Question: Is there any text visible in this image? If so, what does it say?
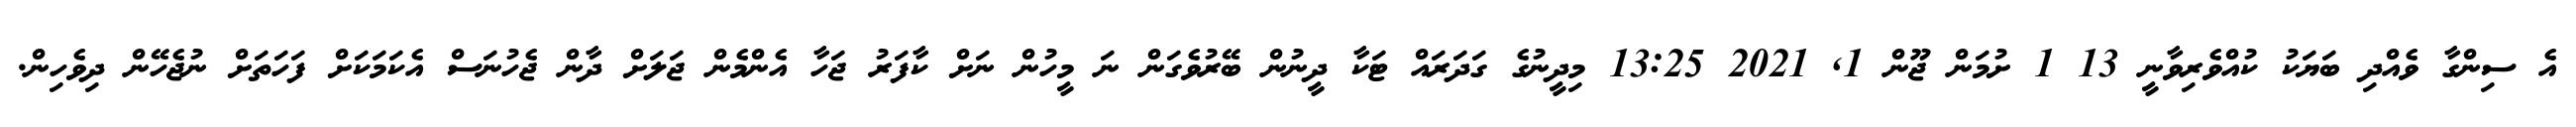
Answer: އެ ސިންގާ ވެއްދި ބަޔަކު ކުއްވެރިވާނީ 13 1 ށުމަން ޖޫން 1, 2021 13:25 މިދީނުގެ ގަދަރައް ޓަކާ ދީނުން ބޭރުވެގަން ނަ މީހުން ނަށް ކާފަރު ޖަހާ އެންމެން ޖަލަށް ދާން ޖެހުނަސް އެކަމަކަށް ފަހަތަށް ނުޖެހޭން ދިވެހިން.